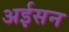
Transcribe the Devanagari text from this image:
अईसन